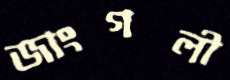
জাংগলী